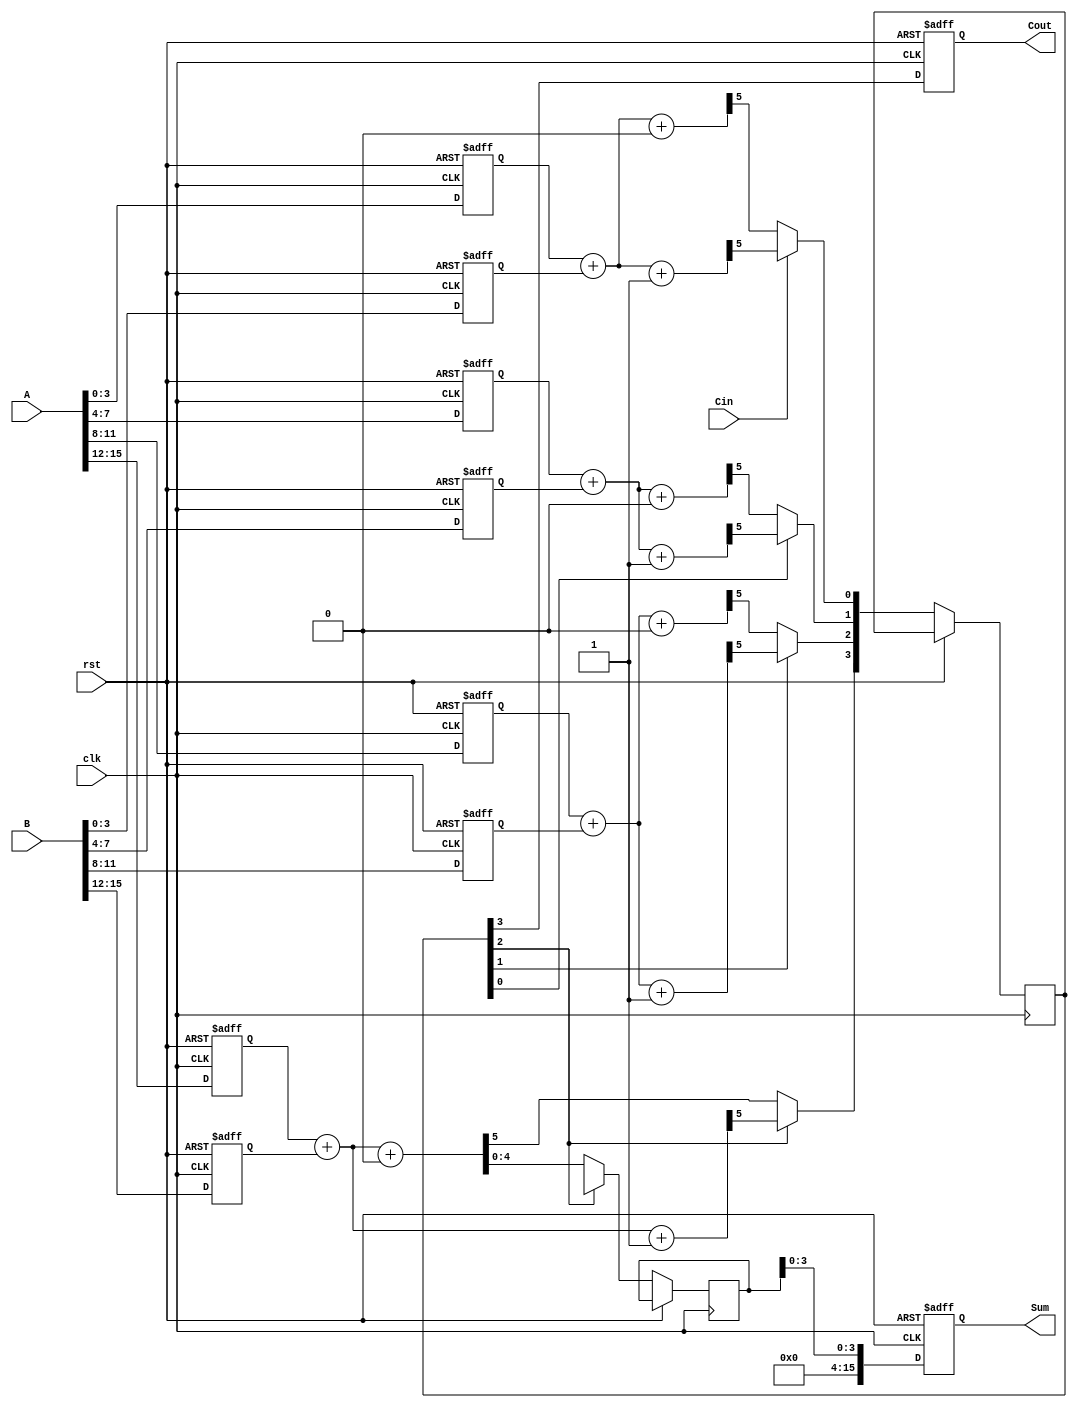
module PipelinedCarrySelectAdder (
    input clk,
    input rst,
    input [15:0] A,
    input [15:0] B,
    input Cin,
    output reg [15:0] Sum,
    output reg Cout
);
    parameter STAGE_WIDTH = 4; // Width of each stage
    parameter NUM_STAGES = 4;  // Number of stages for 16-bit adder

    reg [STAGE_WIDTH-1:0] A_stage [0:NUM_STAGES-1];
    reg [STAGE_WIDTH-1:0] B_stage [0:NUM_STAGES-1];
    reg [STAGE_WIDTH:0] S0 [0:NUM_STAGES-1]; // Sum when Cin=0
    reg [STAGE_WIDTH:0] S1 [0:NUM_STAGE-1]; // Sum when Cin=1
    reg [STAGE_WIDTH:0] C0 [0:NUM_STAGES-1]; // Carry-out when Cin=0
    reg [STAGE_WIDTH:0] C1 [0:NUM_STAGES-1]; // Carry-out when Cin=1
    reg [NUM_STAGES-1:0] carry_in; // Carry-in for each stage
    reg [NUM_STAGES-1:0] selected_sum; // Selected sum outputs

    // Pipeline registers
    reg [STAGE_WIDTH:0] P_Sum [0:NUM_STAGES-1];
    reg [NUM_STAGES-1:0] P_Cout;

    // Initial stage assignments
    integer i;
    always @(posedge clk or posedge rst) begin
        if (rst) begin
            for (i = 0; i < NUM_STAGES; i = i + 1) begin
                A_stage[i] <= 0;
                B_stage[i] <= 0;
                S0[i] <= 0;
                S1[i] <= 0;
                C0[i] <= 0;
                C1[i] <= 0;
            end
            Sum <= 0;
            Cout <= 0;
        end else begin
            // Load stages
            A_stage[0] <= A[3:0];
            B_stage[0] <= B[3:0];
            A_stage[1] <= A[7:4];
            B_stage[1] <= B[7:4];
            A_stage[2] <= A[11:8];
            B_stage[2] <= B[11:8];
            A_stage[3] <= A[15:12];
            B_stage[3] <= B[15:12];

            // Compute sums and carries for each stage
            for (i = 0; i < NUM_STAGES; i = i + 1) begin
                {C0[i], S0[i]} = A_stage[i] + B_stage[i] + 0; // Cin = 0
                {C1[i], S1[i]} = A_stage[i] + B_stage[i] + 1; // Cin = 1
            end

            // Carry selection logic
            carry_in[0] = Cin;
            for (i = 1; i < NUM_STAGES; i = i + 1) begin
                carry_in[i] = P_Cout[i-1];
            end
            
            for (i = 0; i < NUM_STAGES; i = i + 1) begin
                if (carry_in[i]) begin
                    P_Sum[i] <= S1[i];
                    P_Cout[i] <= C1[i];
                end else begin
                    P_Sum[i] <= S0[i];
                    P_Cout[i] <= C0[i];
                end
            end

            // Final output after the last stage
            Sum <= P_Sum[NUM_STAGES-1][STAGE_WIDTH-1:0];
            Cout <= P_Cout[NUM_STAGES-1];
        end
    end
endmodule